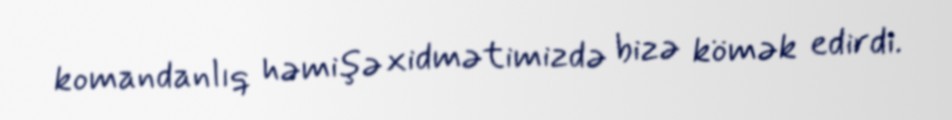
komandanlıq həmişə xidmətimizdə bizə kömək edirdi.